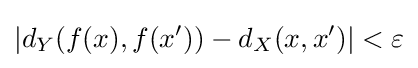
|d_{Y}(f(x),f(x'))-d_{X}(x,x')|<\varepsilon